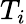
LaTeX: T_{i}